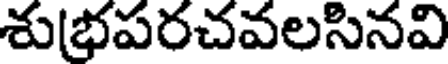
శుభపరచవలసినవి